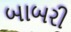
બાબરી